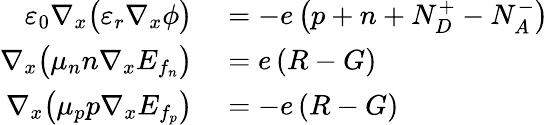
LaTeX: \begin{array}{r}{\begin{array}{rl}{\varepsilon_{0}\nabla_{x}\big(\varepsilon_{r}\nabla_{x}{\phi}\big)}&{{}=-e\left(p+n+N_{D}^{+}-N_{A}^{-}\right)}\\ {\nabla_{x}\big(\mu_{n}n\nabla_{x}E_{f_{n}}\big)}&{{}=e\left(R-G\right)}\\ {\nabla_{x}\big(\mu_{p}p\nabla_{x}E_{f_{p}}\big)}&{{}=-e\left(R-G\right)}\end{array}}\end{array}